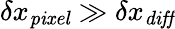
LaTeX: \delta x_{\mathit{pixel}}\gg\delta x_{\mathit{diff}}